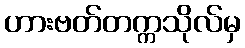
ဟားဗတ်တက္ကသိုလ်မှ